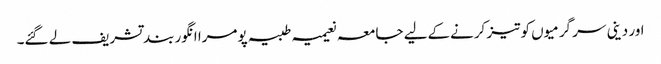
اور دینی سر گرمیوں کو تیز کرنےکےلیے جامعہ نعیمیہ طبیہ پومرا انگور بند تشریف لے گئے۔